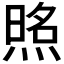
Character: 𰟈